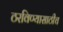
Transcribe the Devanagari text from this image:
ठरविण्यासाठीच